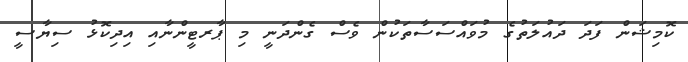
ކޮމިޝަން ފަދަ ދައުލަތުގެ މުވައްސަސާތަކުން ވެސް ގެންދަނީ މި ޕާރޓީންނާއި އިދިކޮޅު ސިޔާސީ